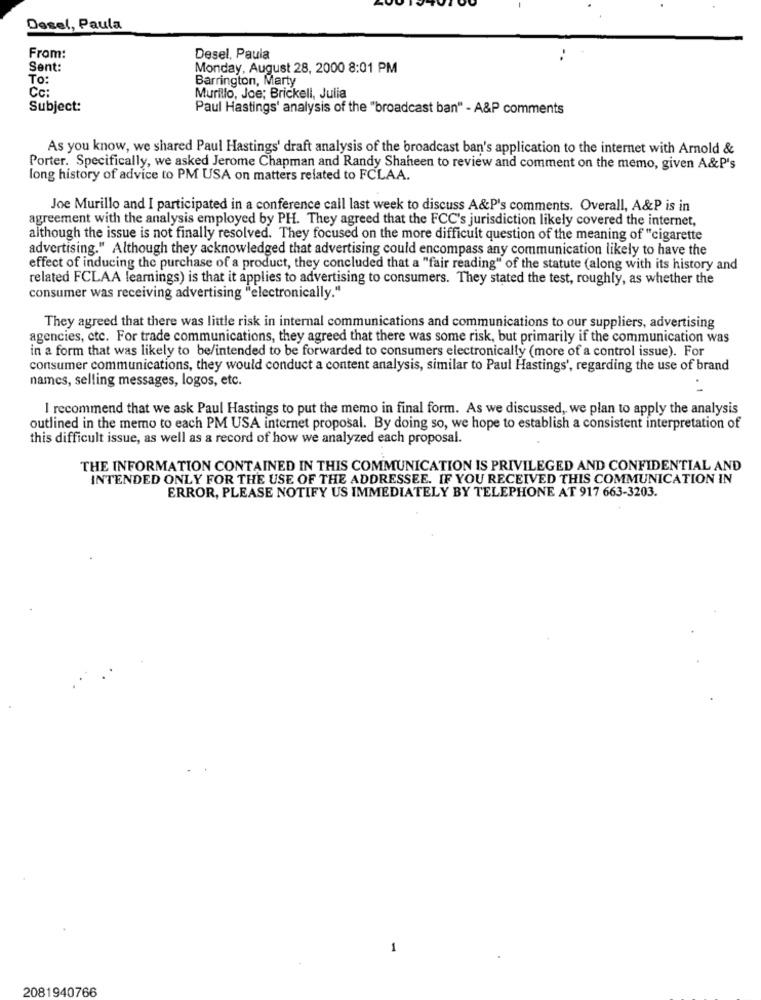
Dosel, Paula
From:
Desel, Paula
Sent:
Monday, August 28, 2000 8:01 PM
To:
Barrington, Marty
Cc:
Murillo, Joe; Brickell, Julia
Subject:
Paul Hastings' analysis of the "broadcast ban" - A&P comments
As you know, we shared Paul Hastings' draft analysis of the broadcast ban's application to the internet with Arnold &
Porter. Specifically, we asked Jerome Chapman and Randy Shaheen to review and comment on the memo, given A&P's
long history of advice to PM USA on matters related to FCLAA.
Joe Murillo and I participated in a conference call last week to discuss A&P's comments. Overall, A&P is in
agreement with the analysis employed by PH. They agreed that the FCC's jurisdiction likely covered the internet,
although the issue is not finally resolved. They focused on the more difficult question of the meaning of "cigarette
advertising." Although they acknowledged that advertising could encompass any communication likely to have the
effect of inducing the purchase of a product, they concluded that a "fair reading" of the statute (along with its history and
related FCLAA learnings) is that it applies to advertising to consumers. They stated the test, roughly, as whether the
consumer was receiving advertising "electronically."
They agreed that there was little risk in internal communications and communications to our suppliers, advertising
agencies, etc. For trade communications, they agreed that there was some risk, but primarily if the communication was
in a form that was likely to be/intended to be forwarded to consumers electronically (more of a control issue). For
consumer communications, they would conduct a content analysis, similar to Paul Hastings', regarding the use of brand
names, selling messages, logos, etc.
I recommend that we ask Paul Hastings to put the memo in final form. As we discussed, we plan to apply the analysis
outlined in the memo to each PM USA internet proposal. By doing so, we hope to establish a consistent interpretation of
this difficult issue, as well as a record of how we analyzed each proposal.
THE INFORMATION CONTAINED IN THIS COMMUNICATION IS PRIVILEGED AND CONFIDENTIAL AND
INTENDED ONLY FOR THE USE OF THE ADDRESSEE. IF YOU RECEIVED THIS COMMUNICATION IN
ERROR, PLEASE NOTIFY US IMMEDIATELY BY TELEPHONE AT 917 663-3203.
2081940766